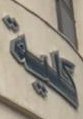
كلية